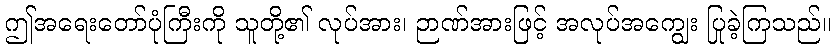
ဤအရေးတော်ပုံကြီးကို သူတို့၏ လုပ်အား၊ ဉာဏ်အားဖြင့် အလုပ်အကျွေး ပြုခဲ့ကြသည်။